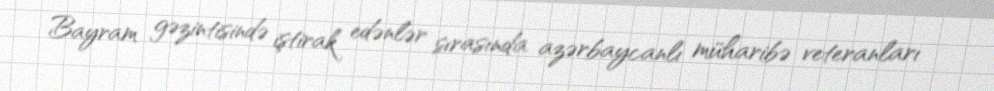
Bayram gəzintisində iştirak edənlər sırasında azərbaycanlı müharibə veteranları